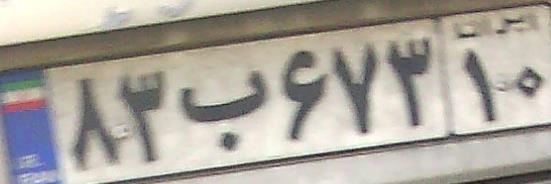
۸۳ب۶۷۳۱۰